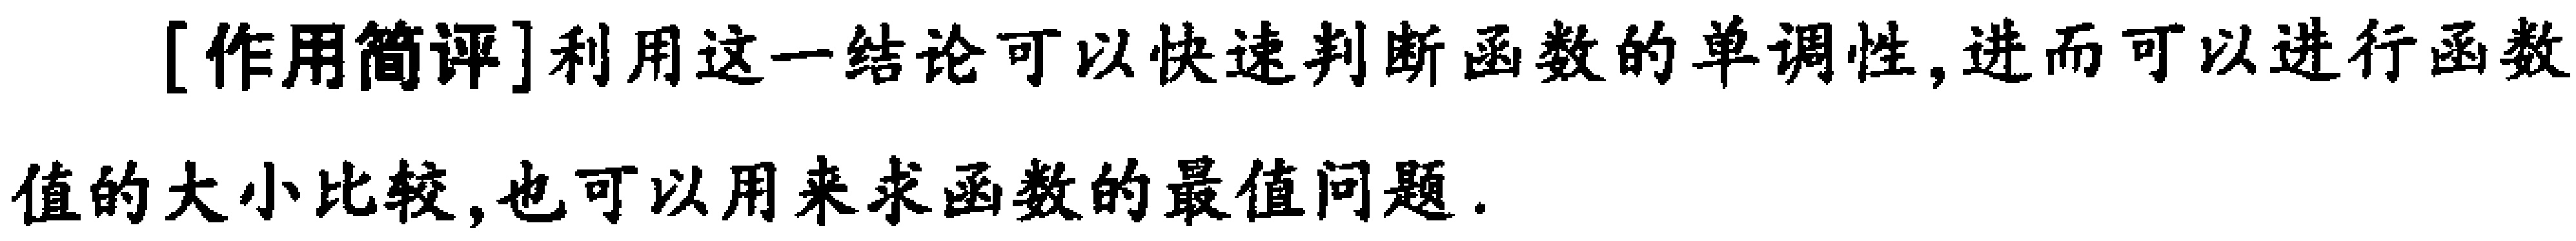
[作用简评]利用这一结论可以快速判断函数的单调性,进而可以进行函数值的大小比较,也可以用来求函数的最值问题.